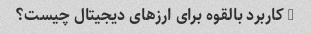
5 کاربرد بالقوه برای ارزهای دیجیتال چیست؟